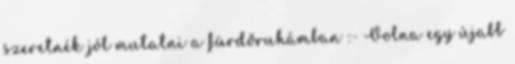
szeretnék jól mutatni a fürdőruhámban :- Volna egy újabb